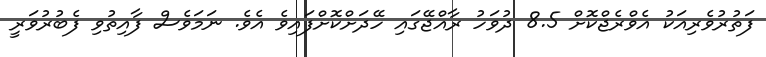
ފަތުރުވެރިއަކު އެވްރެޖްކޮށް 8.5 ދުވަހު ރާއްޖޭގައި ހޭދަށްކޮށްފައިވެ އެވެ. ނަމަވެސް ފާއިތުވި ފެބުރުވަރީ